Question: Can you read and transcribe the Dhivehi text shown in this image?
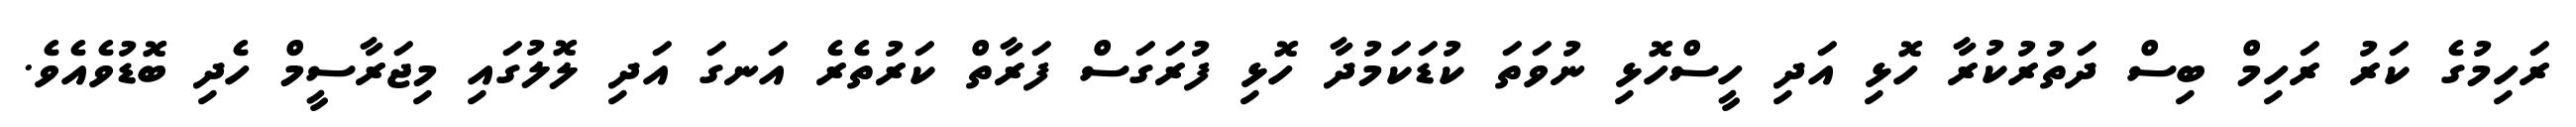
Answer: ރަހިމުގެ ކަރު ރަހިމް ބިސް ދަތުރުކުރާ ހޮޅި އަދި ހީސްހޮޅި ނުވަތަ ކުޑަކަމުދާ ހޮޅި ފުރަގަސް ފަރާތް ކަރުތެރެ އަނގަ އަދި ލޮލުގައި މިޖަރާސީމް ހެދި ބޮޑުވެއެވެ.